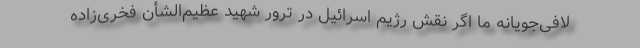
لافی‌جویانه ما اگر نقش رژیم اسرائیل در ترور شهید عظیم‌الشأن فخری‌زاده